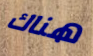
هناك